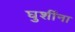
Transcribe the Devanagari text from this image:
घुशींना